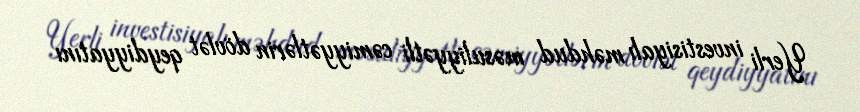
Yerli investisiyalı məhdud məsuliyyətli cəmiyyətlərin dövlət qeydiyyatını